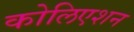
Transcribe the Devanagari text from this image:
कोलिएशन